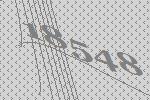
18548